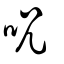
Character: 呪